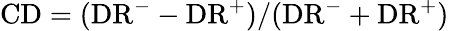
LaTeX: \mathrm{CD}=(\mathrm{DR}^{-}-\mathrm{DR}^{+})/(\mathrm{DR}^{-}+\mathrm{DR}^{+})